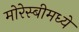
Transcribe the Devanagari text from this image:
मोरेस्बीमध्ये